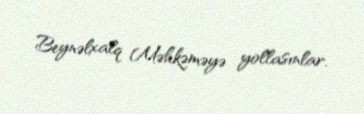
Beynəlxalq Məhkəməyə yollasınlar.